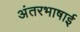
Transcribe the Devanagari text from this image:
अंतरभाषाई